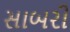
સાબરી